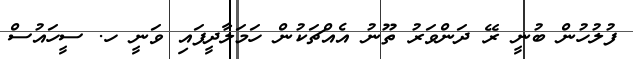
ފުލުހުން ބުނީ ރޭ ދަންވަރު ތޫނު އެއްޗަކުން ހަމަލާދީފައި ވަނީ ހ. ސީހައުސް